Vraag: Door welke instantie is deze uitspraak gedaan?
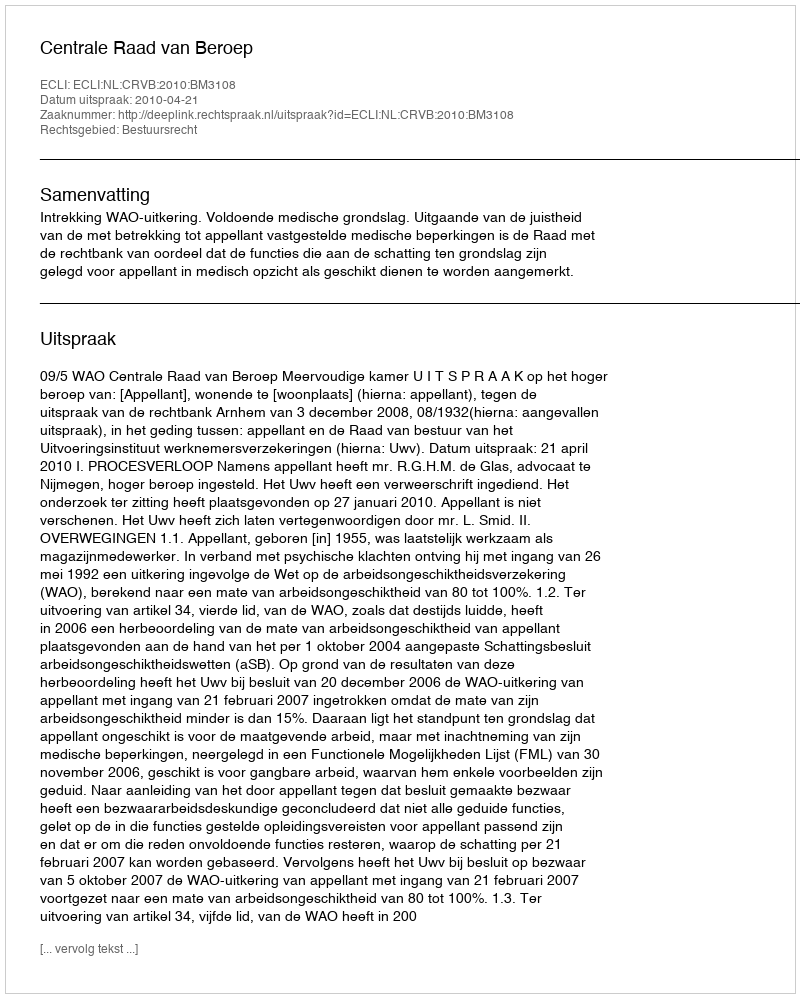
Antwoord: Centrale Raad van Beroep